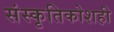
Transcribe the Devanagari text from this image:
संस्कृतिकोशही